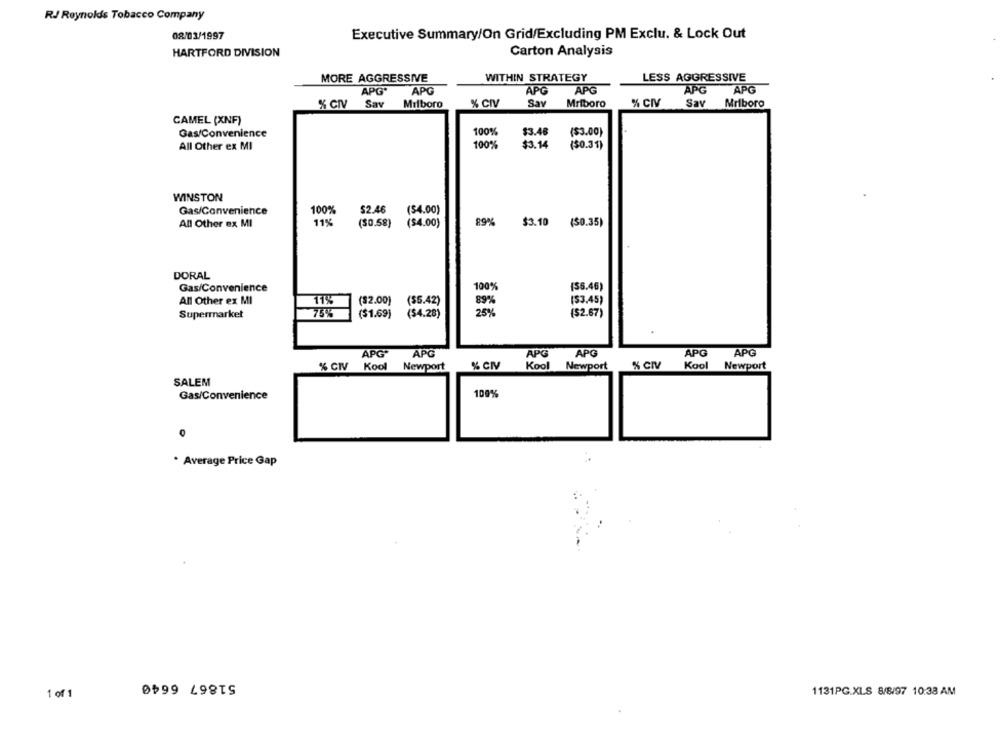
RJ Reynolds Tobacco Company
08/03/1997
Executive Summary/On Grid/Excluding PM Exclu. & Lock Out
Carton Analysis
HARTFORD DIVISION
MORE AGGRESSIVE
WITHIN STRATEGY
LESS AGGRESSIVE
APG.
APG
APG
APG
APG
APG
% CIV
Sav
Milboro
% CIV
Say
Mriboro
% CIV
Sav
Mriboro
CAMEL (XNF)
Gas/Convenience
100%
$3.48
($3.00)
All Other ex MI
100%
$3.14
($0.31)
WINSTON
Gas/Convenience
100%
$2.46
($4.00)
All Other ex MI
11%
$3.10 ($0.35)
($0.58)
($4.00)
DORAL
Gas/Convenience
100%
($6.46)
All Other ex MI
11%
($2.00)
($5.42)
89%
($3.45)
25%
Supermarket
75%
($1.69)
($4.28)
($2.67)
APG*
APG
APG
APG
APG
APG
Kool
% CIV
Kool
Newport
% CIV
Kool
Newport
% CIV
Newport
SALEM
100%
Gas/Convenience
* Average Price Gap
51867 6640
1 of 1
1131PG.XLS 8/8/97 10:38 AM